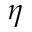
\eta